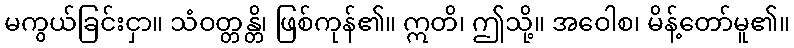
မကွယ်ခြင်းငှာ။ သံဝတ္တန္တိ၊ ဖြစ်ကုန်၏။ ဣတိ၊ ဤသို့။ အဝေါစ၊ မိန့်တော်မူ၏။